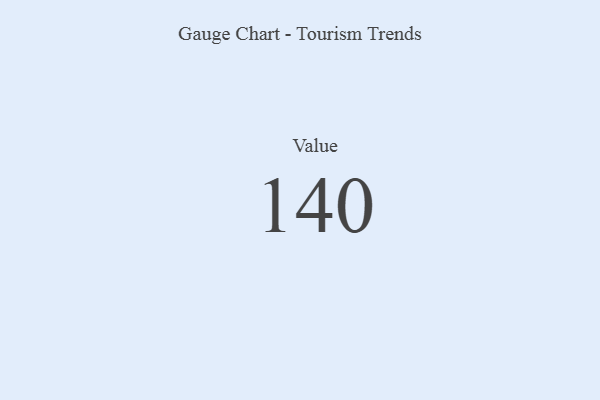
{"axis": {"x": "Metric", "y": "Value"}, "legend": [""], "data": [{"x": "Value", "y": 140, "type": ""}]}